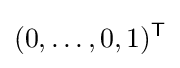
(0,\ldots ,0,1)^{\mathsf {T}}